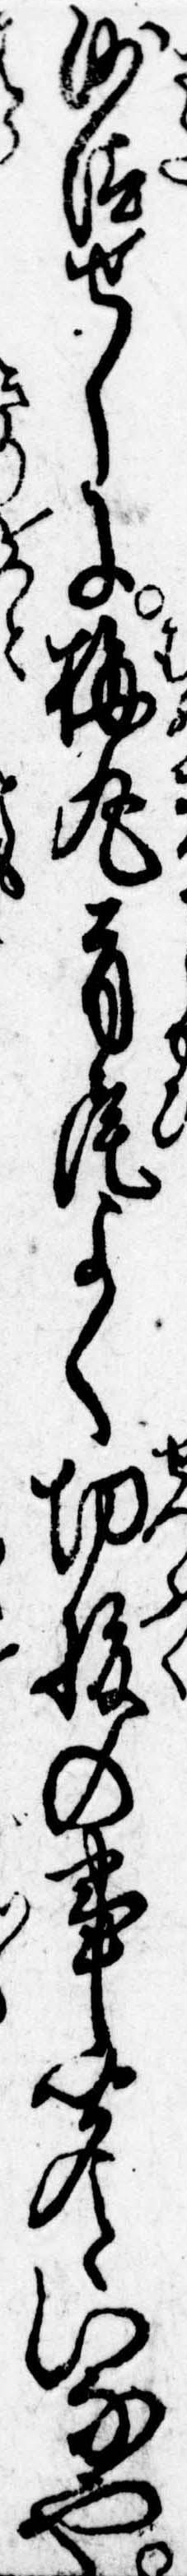
沙汰せしに梅丸首尾よく切腹の事聞といなや